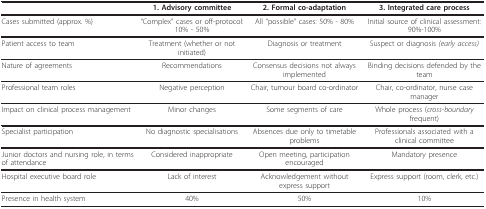
<table><thead><tr><td></td><td><b>1. Advisory committee</b></td><td><b>2. Formal co-adaptation</b></td><td><b>3. Integrated care process</b></td></tr></thead><tbody><tr><td>Cases submitted (approx. %)</td><td>&quot;Complex&quot; cases or off-protocol: 10% - 50%</td><td>All &quot;possible&quot; cases: 50% - 80%</td><td>Initial source of clinical assessment: 90%-100%</td></tr><tr><td>Patient access to team</td><td>Treatment (whether or not initiated)</td><td>Diagnosis or treatment</td><td>Suspect or diagnosis <i>(early access)</i></td></tr><tr><td>Nature of agreements</td><td>Recommendations</td><td>Consensus decisions not always implemented</td><td>Binding decisions defended by the team</td></tr><tr><td>Professional team roles</td><td>Negative perception</td><td>Chair, tumour board co-ordinator</td><td>Chair, co-ordinator, nurse case manager</td></tr><tr><td>Impact on clinical process management</td><td>Minor changes</td><td>Some segments of care</td><td>Whole process (<i>cross-boundary </i>frequent)</td></tr><tr><td>Specialist participation</td><td>No diagnostic specialisations</td><td>Absences due only to timetable problems</td><td>Professionals associated with a clinical committee</td></tr><tr><td>Junior doctors and nursing role, in terms of attendance</td><td>Considered inappropriate</td><td>Open meeting, participation encouraged</td><td>Mandatory presence</td></tr><tr><td>Hospital executive board role</td><td>Lack of interest</td><td>Acknowledgement without express support</td><td>Express support (room, clerk, etc.)</td></tr><tr><td>Presence in health system</td><td>40%</td><td>50%</td><td>10%</td></tr></tbody></table>